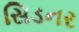
સિડનર